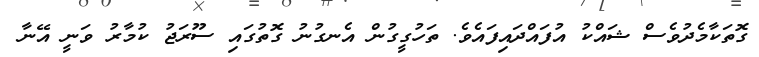
ގޮތަކާމެދުވެސް ޝައްކު އުފައްދައިފައެވެ. ތަހުގީގުން އެނގުނު ގޮތުގައި ސޫރަޖު ކުމާރު ވަނީ އޭނާ